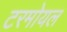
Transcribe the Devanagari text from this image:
टरमोयल